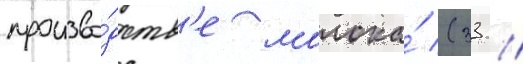
произво́дств'е молока́ (33 /